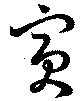
寅